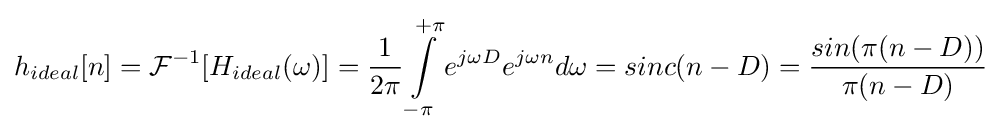
h_{ideal}[n]={\mathcal {F}}^{-1}[H_{ideal}(\omega )]={1 \over {2\pi }}\int \limits _{-\pi }^{+\pi }e^{j\omega D}e^{j\omega n}d\omega =sinc(n-D)={sin(\pi (n-D)) \over {\pi (n-D)}}